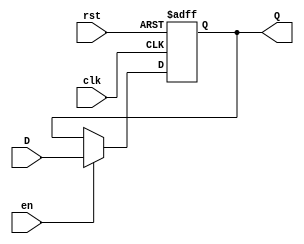
module reg_async_reset(input [width - 1:0] D,
                       output [width - 1:0] Q,
                       input en,
                       input                clk,
                       input                rst);

   parameter width = 32;

   reg [width - 1: 0]                                      Q_data;
   
   always @(posedge clk or negedge rst) begin
      if (!rst) begin
         Q_data <= 0;
      end else begin
         if (en) begin
            Q_data <= D;
         end
      end
   end

   assign Q = Q_data;
   
   
endmodule